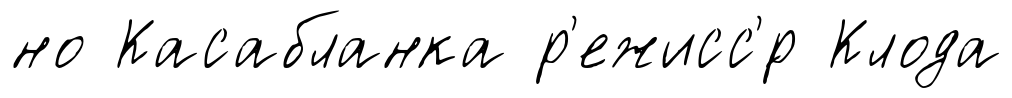
но Касабланка р'ежисс'́р Клода